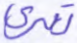
تعرى